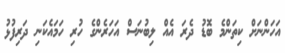
އަހަންނަށް ކިތަންމެ ބޮޑު ދެރަ އެއް ލިބުނަސް އަހަރެންގެ ހުރި ހަމައެކަނި ދަރިފުޅު